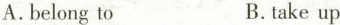
A.belong to B.take up